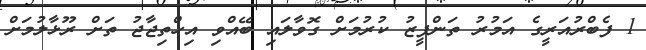
1 ފެބްރުއަރީގެ އަމުރު ތަންފީޒު ކުރުމަށް ގޮވާލަައި ބޭއްވި އިހްތިޖާޖު ތަށް ރޫޅާލުމަށް